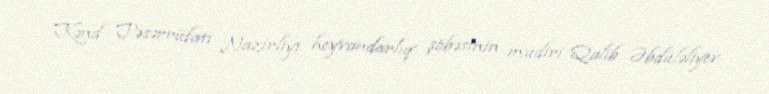
Kənd Təsərrüfatı Nazirliyi heyvandarlıq şöbəsinin müdiri Qalib Əbdüləliyev